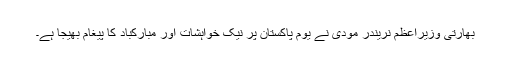
بھارتی وزیراعظم نریندر مودی نے یوم پاکستان پر نیک خواہشات اور مبارکباد کا پیغام بھیجا ہے۔